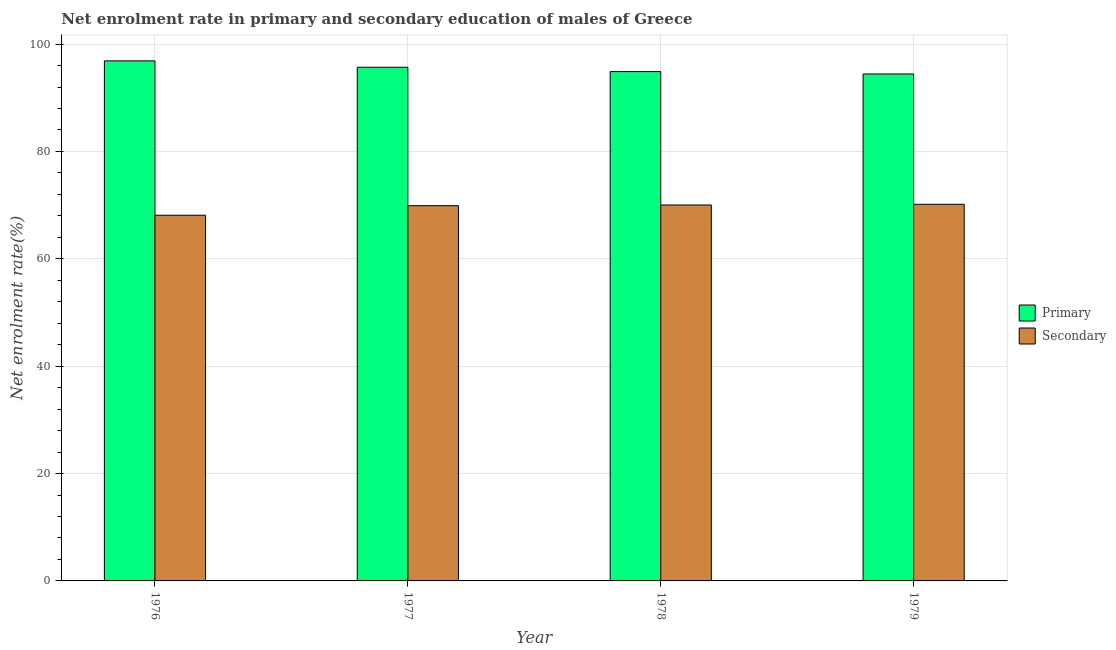
| Year | Primary | Secondary |
 | --- | --- | --- |
 | 1976 | 96.9 | 68.1 |
 | 1977 | 95.7 | 69.9 |
 | 1978 | 94.9 | 70 |
 | 1979 | 94.4 | 70.2 |